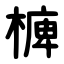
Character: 㯅